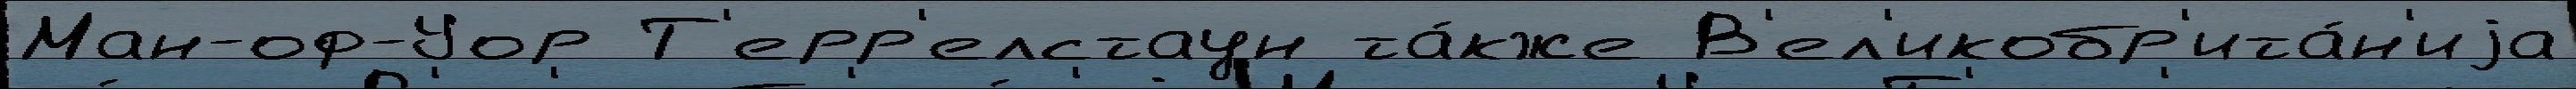
Ман-оф-Уор Т'ерр'елстаун та́кже В'ел'икобр'ита́н'иjа